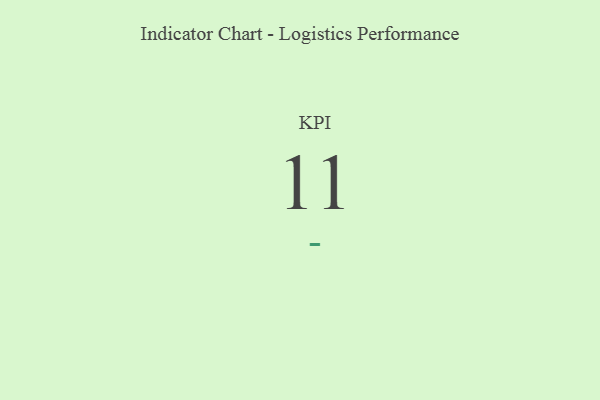
{"axis": {"x": "KPI", "y": "Value"}, "legend": [""], "data": [{"x": "KPI", "y": 11, "type": ""}]}